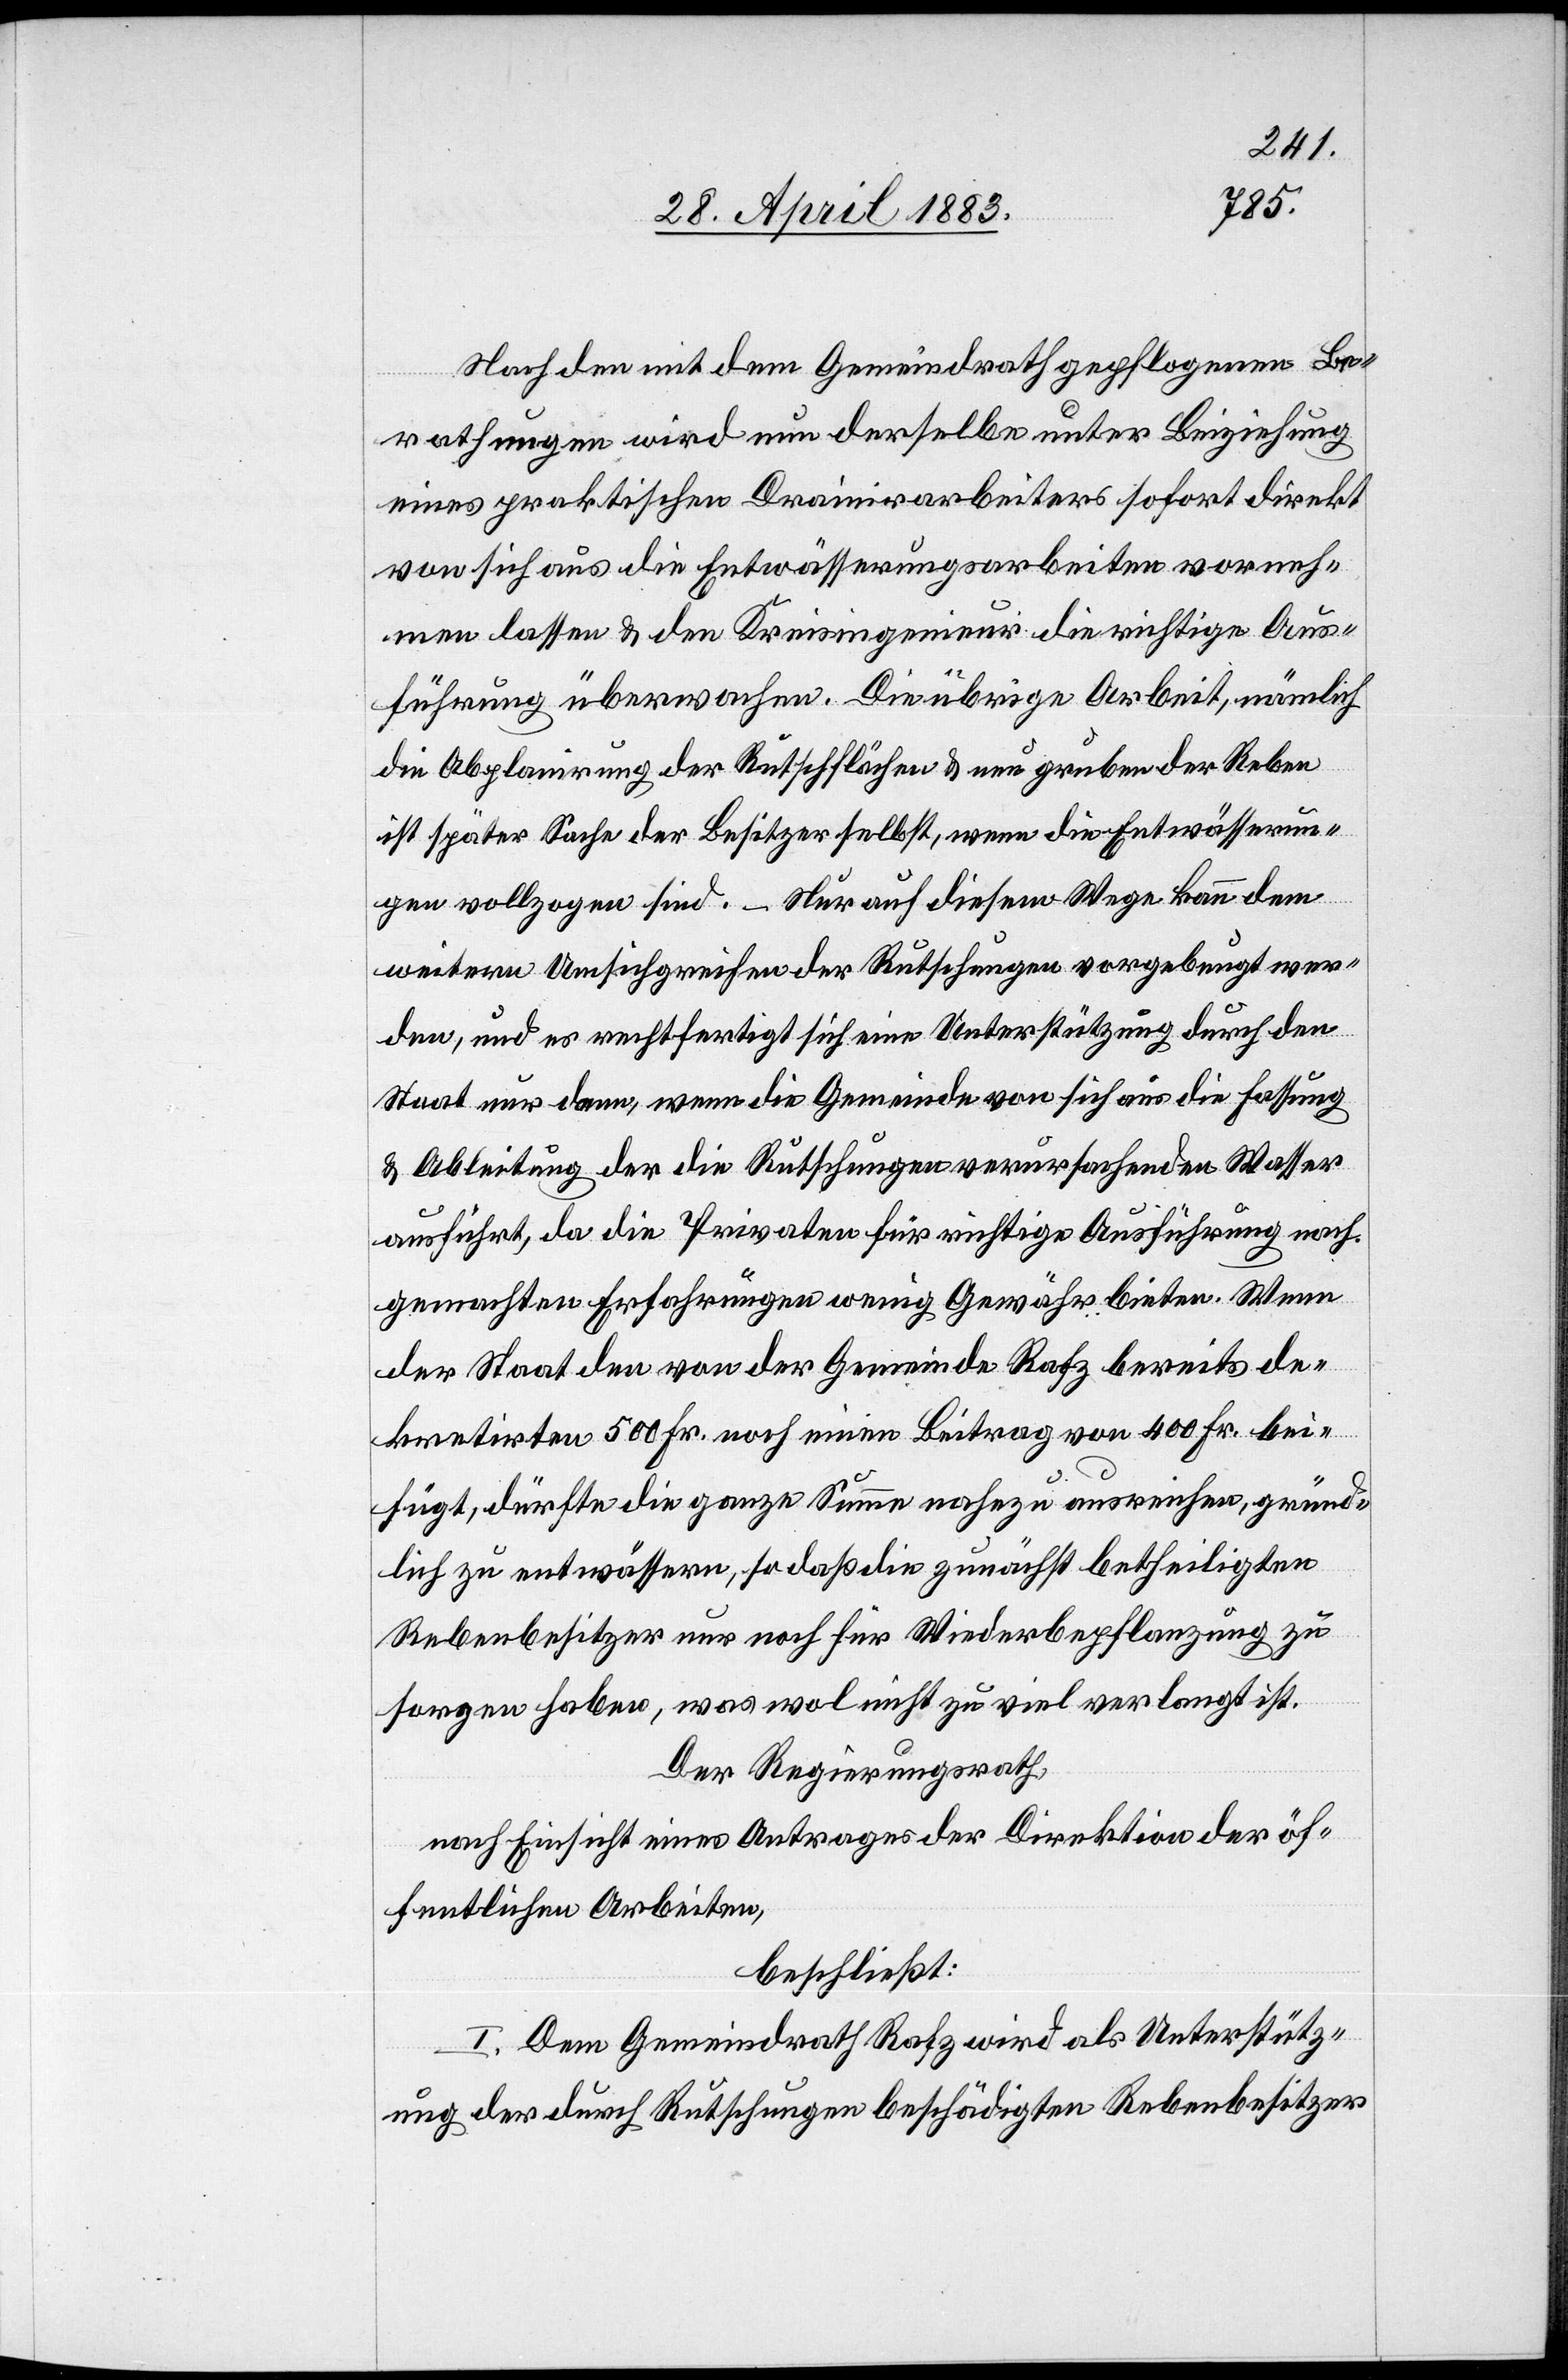
Nach den mit dem Gemeindrath gepflogenen Be¬
rathungen wird nun derselbe unter Beiziehung
eines praktischen Drainirarbeiters sofort direkt
von sich aus die Entwässerungsarbeiten vorneh¬
men lassen & dem Kreisingenieur die richtige Aus¬
führung überwachen. Die übrige Arbeit, nämlich
die Obplanirung der Rutschfläche & neu gruben [recte:
ist später Sache der Besitzer selbst, wenn die Entwässerun¬
gen vollzogen sind. Nur auf diesem Wege kann dem
weitern Umsichgreifen der Rutschungen vorgebeugt wer¬
den, und es rechtfertigt sich eine Unterstützung durch den
Staat nur dann, wenn die Gemeinde von sich aus die Fassung
& Ableitung der die Rutschungen verursachenden Wasser
ausführt, da die Privaten für richtige Ausführung nach
gemachten Erfahrungen wenig Gewähr bieten. Wenn
der Staat den von der Gemeinde Rafz bereits de¬
kretirten 500 Fr. noch einen Beitrag von 400 Fr. bei¬
fügt, dürfte die ganze Summe nahezu ausreichen, gründ¬
lich zu entwässern, so daß die zunächst betheiligten
Rebenbesitzer nur noch für Wiederbepflanzung zu
sorgen haben, was wol nicht zu viel verlangt ist.
Der Regierungsrath
nach Einsicht eines Antrages der Direktion der öf¬
fentlichen Arbeiten,
beschließt:
I. Dem Gemeindrath Rafz wird als Unterstütz¬
ung der durch Rutschungen beschädigten Rebenbesitzer